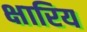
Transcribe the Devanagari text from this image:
क्षारिय